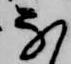
な